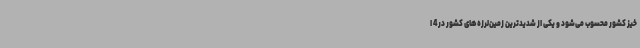
خیز کشور محسوب می‌شود و یکی از شدیدترین زمین‌لرزه‌های کشور در 4 ا